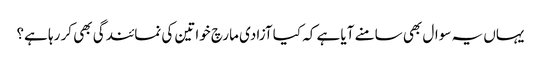
یہاں یہ سوال بھی سامنے آیا ہے کہ کیا آزادی مارچ خواتین کی نمائندگی بھی کر رہا ہے؟